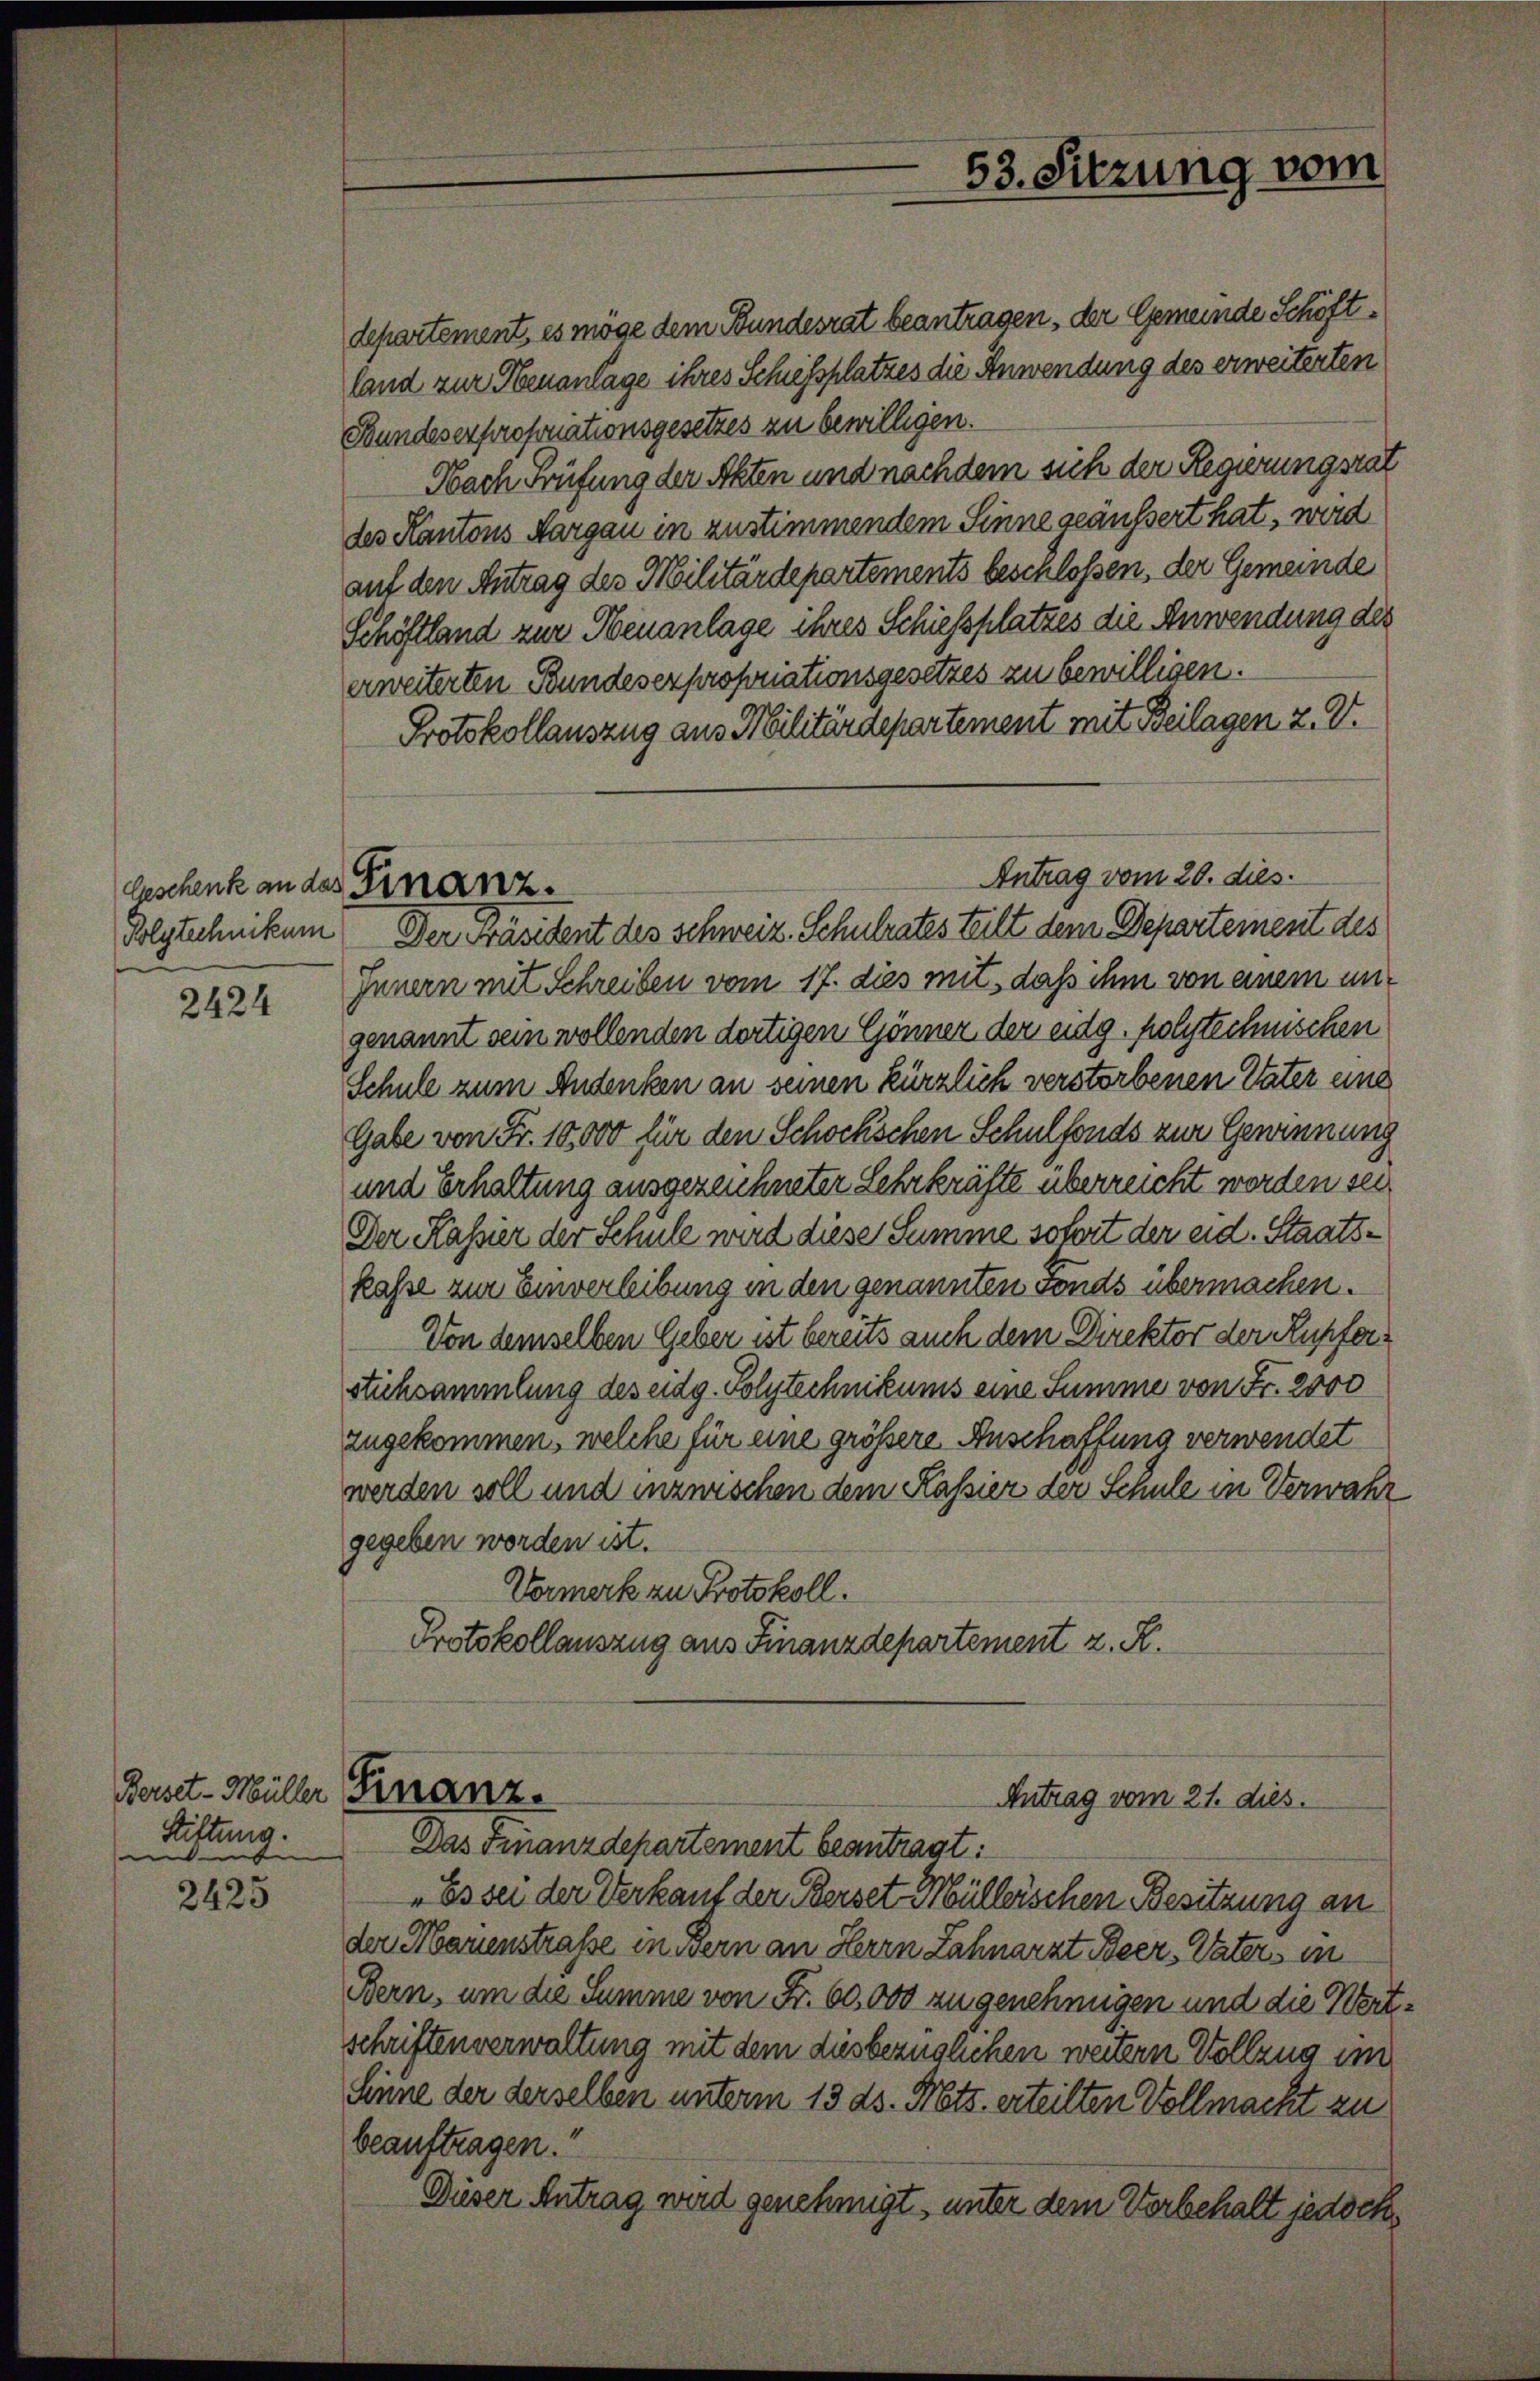
Polytechnikum

2424

2425

Berset-Müller
Stiftung.
t

departement, es möge dem Bundesrat beantragen, der Gemeinde Schöftland zur Neuanlage ihres Schiessplatzes die Anwendung des erweiterten
Bundesexproponationsgesetzes zu bewilligen.
Nach Prüfung der Akten und nachdem sich der Regierungsrat
des Kantons Aargau in zustimmendem Sinne geäussert hat, wird
auf den Antrag des Militärdepartements beschlossen, der Gemeinde
Schöftland zur Neuanlage ihres Schiessplatzes die Anwendung des
erweiterten Bundesexpropriationsgesetzes zu bewilligen.
Protokollauszug aus Militärdepartement mit Beilagen 2. V.
Innern mit Schreiben vom 17. dies mit, daß ihm von einem ungenannt sein wollenden dortigen Gönner der eidg. folytechnischen
Schule zum Andenken an seinen kürzlich verstorbenen Vater eine
Gabe von Fr. 10,000 für den Schockschen Schulfonds zur Gewinnung
und Erhaltung ausgezeichneter Lehrkräfte überreicht worden sei,
Der Kassier der Schule wird diese Summe sofort der eid. Staatskasse zur Einverleibung in den genannten Fonds übermachen.
Von demselben Geber ist bereits auch dem Direktor der Kupferstichsammlung des eidg. Polytechnikums eine Summe von Fr. 2000
zugekommen, welche für eine größere Anschaffung verwendet
werden soll und inzwischen dem Kassier der Schule in Verwahr
gegeben worden ist.
Vormerk zu Protokoll.
Protokollauszug aus Finanzdepartement z. K.

53. Sitzung vom

Antrag vom 20. dies
Auschenk an des Finanz.
Der Präsident des schweiz. Schulrates teilt dem Departement des

Finanz.
Antrag vom 21. dies.
Das Finanzdepartement beantragt:

"Es sei der Verkauf der Berset Mülleischen Besitzung an
der Marienstraße in Bern an Herrn Zahnarzt Beer, Vater in
Bern, um die Summe von Fr. 60,000 zu genehmigen und die Wertschriftenverwaltung mit dem diesbezüglichen weitern Vollzug im
Sinne der derselben unterm 13. ds. Mts. erteilten Vollmacht zu
beauftragen.
Dieser Antrag wird genehmigt, unter dem Vorbehalt jedoch,